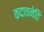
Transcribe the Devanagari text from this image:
कदाचनेति